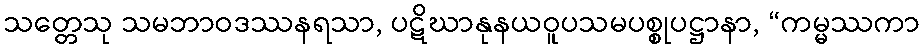
သတ္တေသု သမဘာဝဒဿနရသာ, ပဋိဃာနုနယဝူပသမပစ္စုပဋ္ဌာနာ, “ကမ္မဿကာ